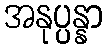
အနုပ္ပန္နာ